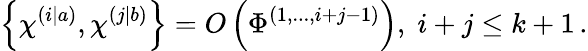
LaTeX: \left\{ \chi^{\left(i|a\right)},\chi^{\left(j|b\right)}\right\} =O\left(\Phi^{\left(1,...,i+j-1\right)}\right),\; i+j\leq k+1\, .